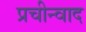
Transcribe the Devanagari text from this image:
प्रचीन्वाद